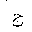
Letter: _gim